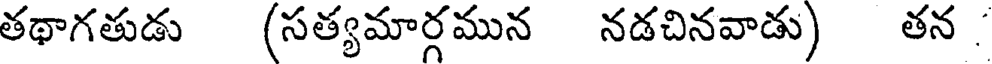
తథాగతుడు (సత్యమార్గమున నడచినవాడు) తన.